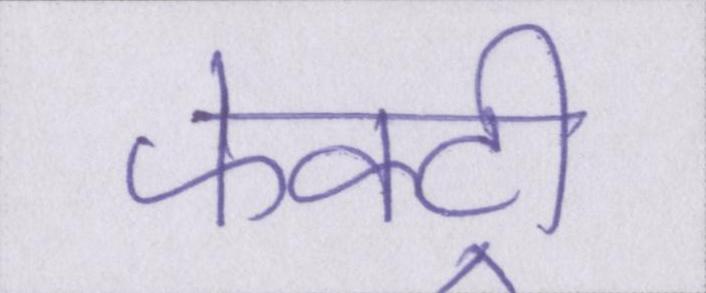
फेक्ट्री